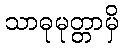
သာဓုမုတ္တာမှိ